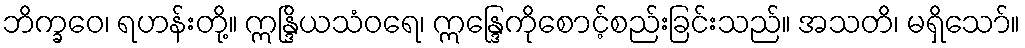
ဘိက္ခဝေ၊ ရဟန်းတို့။ ဣန္ဒြိယသံဝရေ၊ ဣန္ဒြေကိုစောင့်စည်းခြင်းသည်။ အသတိ၊ မရှိသော်။